Lunatic asylums Punjab 1895-1910 - 1895-1910
Year: 1895
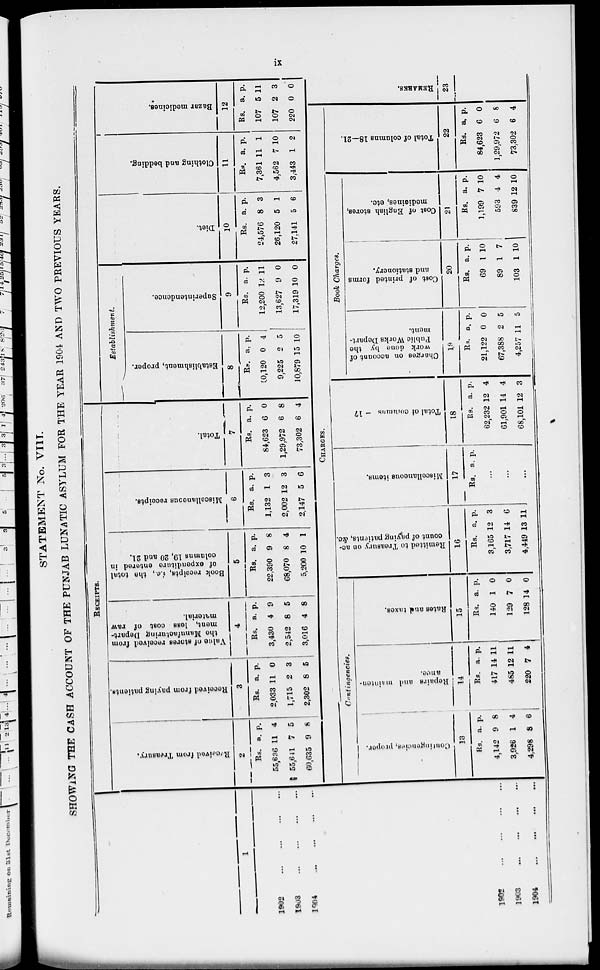
ix
STATEMENT No. VIII.
SHOWING THE CASH ACCOUNT OF THE PUNJAB LUNATIC ASYLUM FOR THE YEAR 1904 AND TWO PREVIOUS YEARS.
1
1902
...
...
...
...
1903
...
...
...
...
1904
...
...
...
...
RECEIPTS.
Received
from Treasury,
2
Rs.
55,636
55,641
60,635
a.
11
7
9
p.
4
5
8
Received from paying patients.
3
Rs.
2,033
1,715
2,302
a.
11
2
8
p.
0
3
5
Value of stores received from
the Manufacturing Deport-
ment, less
cost of raw
material.
4
Rs.
3,430
2,542
3,016
a.
4
8
4
p.
9
5
8
Book receipts, i,e.,
the total
of expenditure entered in
columns 19, 20 and 21.
5
Rs.
22,390
68,070
5,200
a.
9
8
10
p.
8
4
1
Miscellaneous receipts.
6
Rs.
1,132
2,002
2,147
a.
1
12
5
p.
3
3
6
Total.
7
Rs.
84,623
1,29,972
73,302
a.
6
6
6
p.
0
8
4
Establishment.
Establishment, proper.
8
Rs.
10,120
9,225
10,879
a.
0
2
15
p.
4
5
10
Superintendence.
9
Rs.
12,200
13,627
17,319
a.
12
9
10
p.
11
0
0
Diet.
10
Rs.
24,576
26,120
27,141
a.
8
5
5
p.
3
1
6
Clothing and bedding.
11
Rs.
7,361
4,562
3,443
a.
11
7
1
p.
1
10
2
Bazar medicines.
12
Rs.
107
107
220
a.
5
2
0
p.
11
3
0
1902
...
...
...
...
1903
...
...
...
...
1904 ... ... ... ...
CHARGE.
Contingencies.
Contingencies, proper.
13
Rs.
4,142
3,926
4,298
a.
9
1
8
p.
8
4
6
Repairs and mainten-
ance.
14
Rs.
417
485
220
a.
14
12
7
p.
11
11
4
Rates and taxes.
15
Rs.
140
129
128
a.
1
7
14
p.
0
0
0
Remitted to Treasury on ac
count
of pacing patients, &c.
16
Rs.
3,165
3,717
4,449
a.
12
14
13
p.
3
6
11
Miscellaneous items.
17
Rs. a. p.
...
...
...
Total of columns — 17
18
Rs.
62,232
61,901
68,101
a.
12
14
12
p.
4
4
3
Book Charges.
Charges on account of
work done by the
Public Works Depart-
ment.
19
Rs.
21,122
67,388
4,257
a.
0
2
11
p.
0
5
5
Cost of printed forms
and stationery.
20
Rs.
69
89
103
a.
1
1
1
p.
10
7
10
Cost of English stores,
medicines, etc.
21
Rs.
1,199
593
839
a.
7
4
12
p.
10
4
10
Total of columns 18—21.
22
Rs.
84,623
1,29,972
73,302
a.
6
6
6
p.
0
8
4
REMARKS.
23